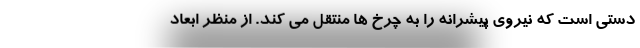
دستی است که نیروی پیشرانه را به چرخ ها منتقل می کند. از منظر ابعاد